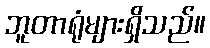
ဘူတာရုံများရှိသည်။